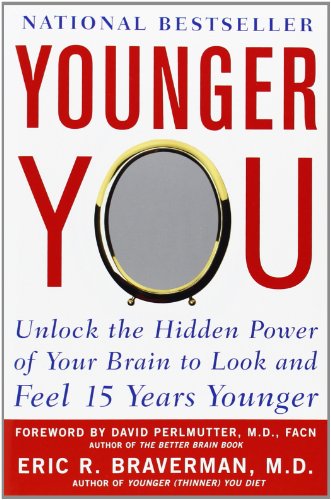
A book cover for Younger You: Unlock the Hidden Power of Your Brain to Look and Feel 15 Years Younger; Eric Braverman; Health, Fitness & Dieting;